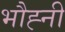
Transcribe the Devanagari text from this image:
भौह्नी